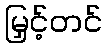
မြှင့်တင်